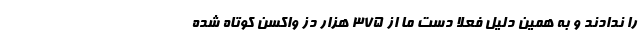
را ندادند و به همین دلیل فعلا دست ما از ۳۷۵ هزار دز واکسن کوتاه شده